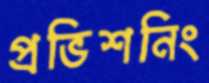
প্রভিশনিং